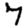
Digit: 7